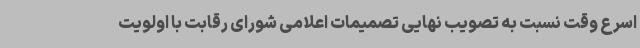
اسرع وقت نسبت به تصویب نهایی تصمیمات اعلامی شورای رقابت با اولویت